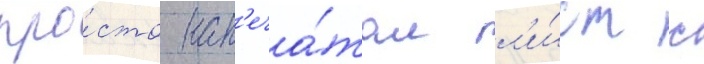
про́сто нап'еча́тал л'и́ст с